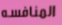
المنافسه